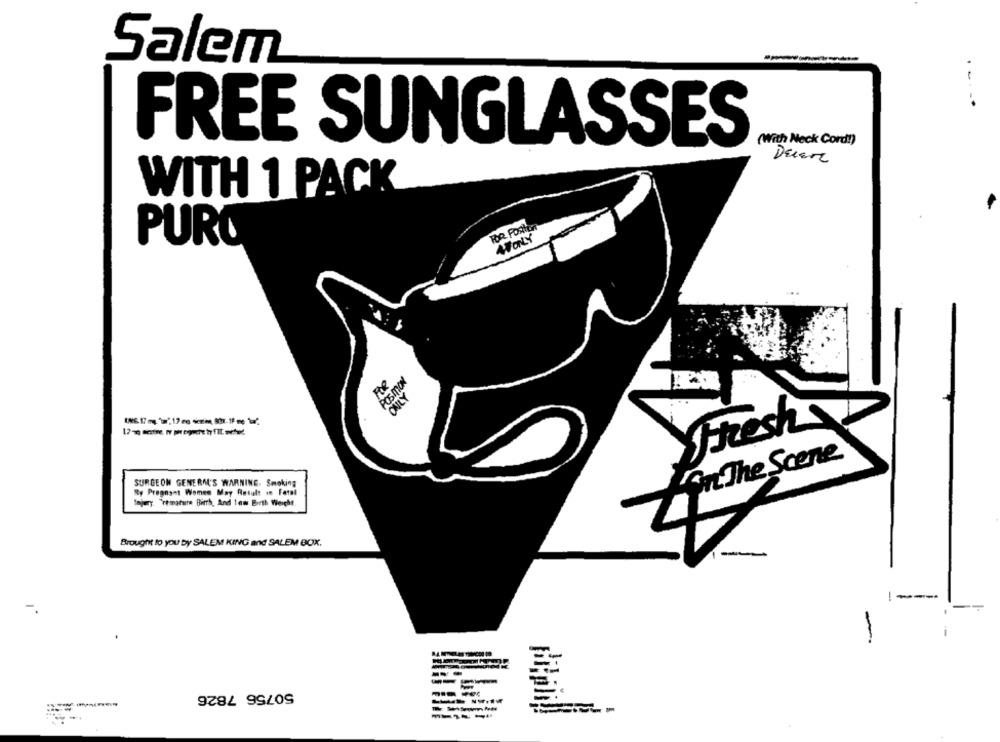
Salem
.--.
(With Neck Cord!)
FREE SUNGLASSES
DELEre
WITH 1 PACK
FOR FORton
ATONLY
PURO
POSMON
ONLY
Fresh
On The Scene
SURGEON GENERAL'S WARNING. Smoking
By Pregnant Women May Result in Fetal
Injury. Premature Birth, And law Birth Weight
Brought to you by SALEM KING and SALEM BOX.
--
50756 7826